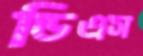
ডিএস